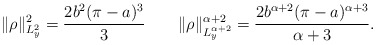
\begin{align*}\|\rho\|_{L_y^2}^2=\frac{2b^2(\pi-a)^3}{3}\quad\quad\|\rho\|_{L^{\alpha+2}_y}^{\alpha+2}=\frac{2b^{\alpha+2}(\pi-a)^{\alpha+3}}{\alpha+3}.\end{align*}